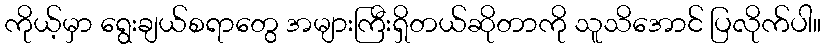
ကိုယ့်မှာ ရွေးချယ်စရာတွေ အများကြီးရှိတယ်ဆိုတာကို သူသိအောင် ပြလိုက်ပါ။